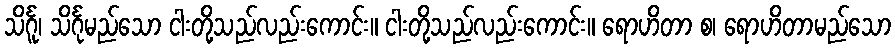
သိင်္ဂူ၊ သိင်္ဂုမည်သော ငါးတို့သည်လည်းကောင်း။ ငါးတို့သည်လည်းကောင်း။ ရောဟိတာ စ၊ ရောဟိတာမည်သော